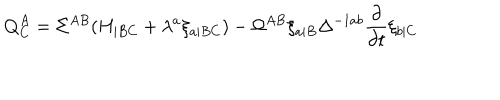
{ \bf Q } _ { C } ^ { A } = \Sigma ^ { A B } ( H _ { | B C } + \lambda ^ { a } \xi _ { a | B C } ) - \Omega ^ { A B } \xi _ { a | B } \Delta ^ { - 1 a b } { \frac { \partial } { \partial t } } \xi _ { b | C }